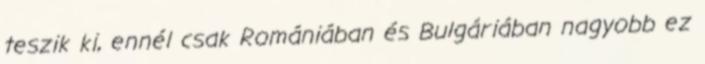
teszik ki, ennél csak Romániában és Bulgáriában nagyobb ez